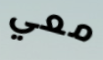
معي